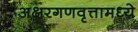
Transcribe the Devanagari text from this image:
अक्षरगणवृत्तामध्ये